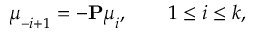
\boldsymbol { \mu } _ { - i + 1 } = - \mathbf { P } \boldsymbol { \mu } _ { i } , \qquad 1 \leq i \leq k ,